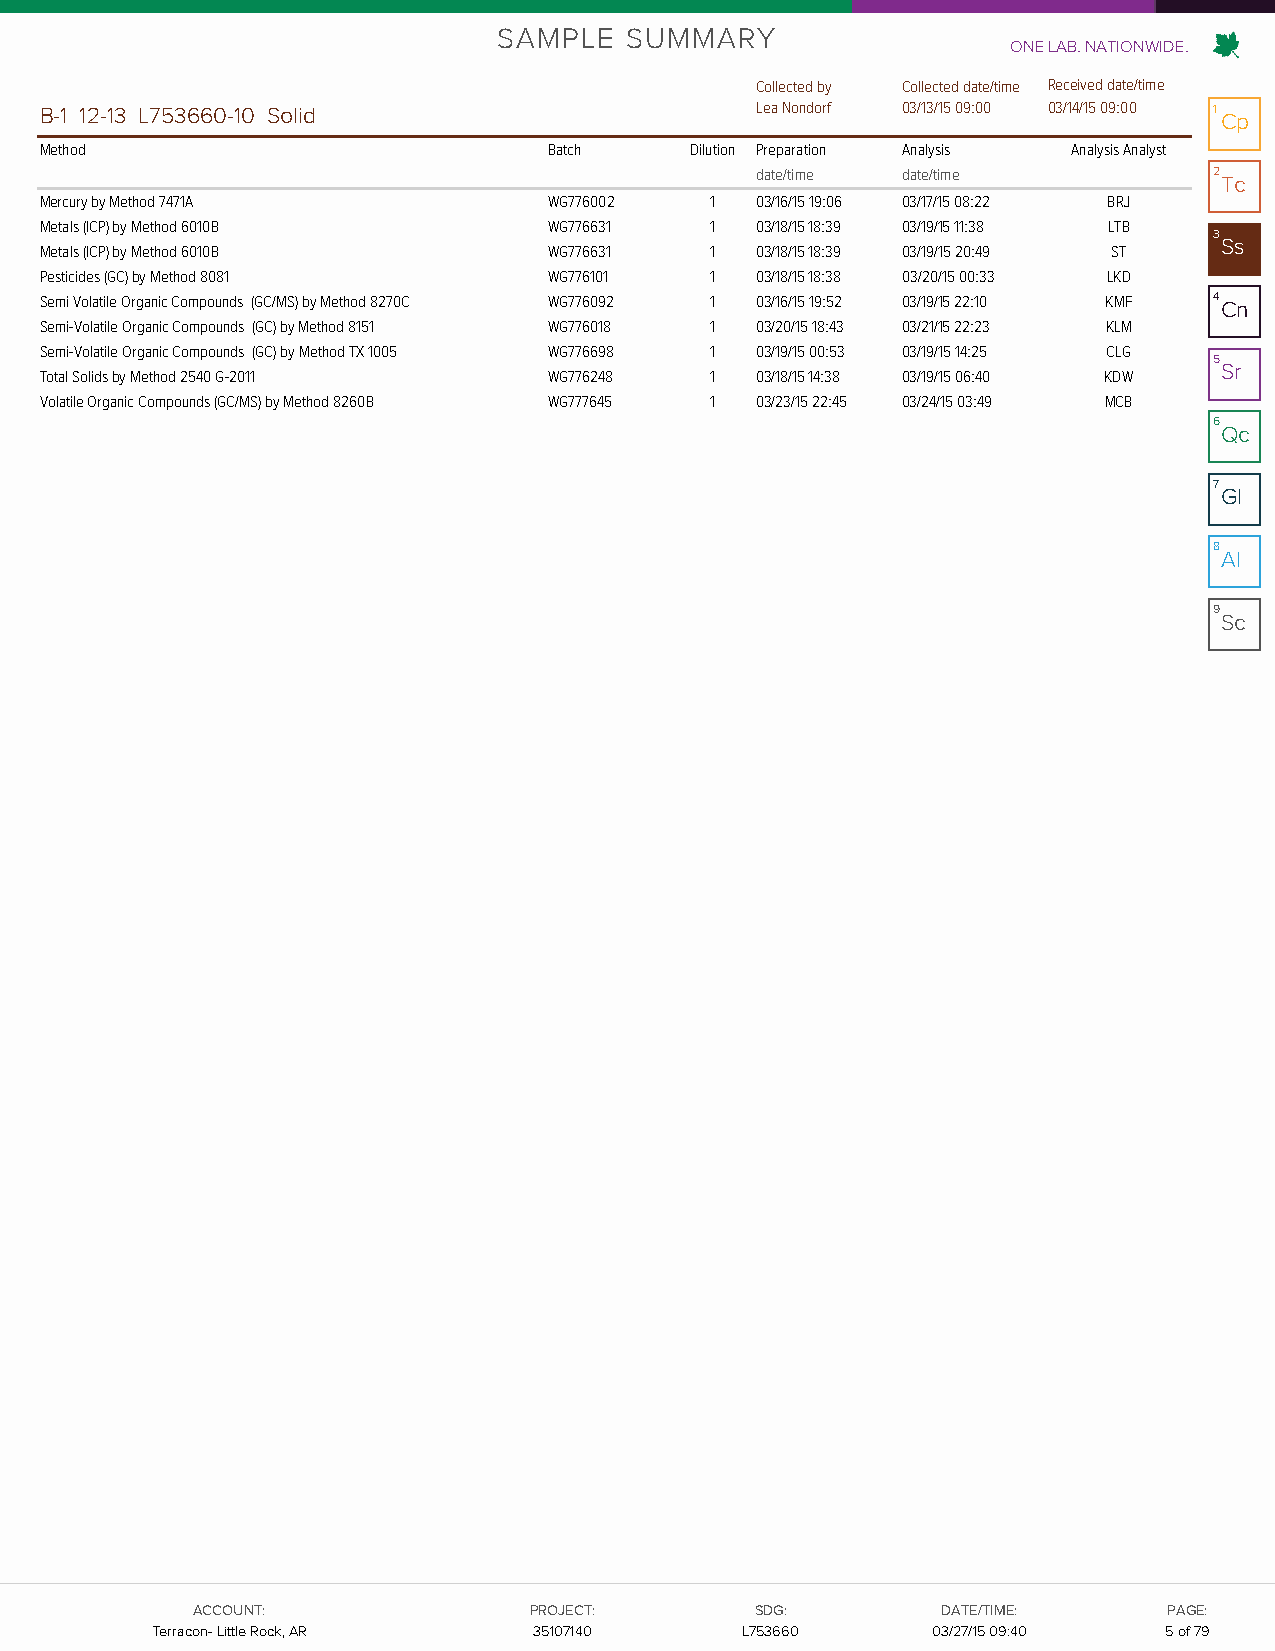
SAMPLE  SUMMARY
 ONE LAB. NATIONWIDE.
 Collected by Collected date/time Received date/time
 B-1 12-13 L753660-10 Solid                     Lea Nondorf 03/13/15 09:00 03/14/15 09:00 1 Cp
 Method                           Batch     Dilution Preparation Analysis Analysis Analyst
 date/time date/time           2
 Tc
 Mercury by Method 7471A          WG776002   1  03/16/15 19:06 03/17/15 08:22 BRJ
 Metals (ICP) by Method 6010B     WG776631   1  03/18/15 18:39 03/19/15 11:38 LTB
 3
 Ss
 Metals (ICP) by Method 6010B     WG776631   1  03/18/15 18:39 03/19/15 20:49 ST
 Pesticides (GC) by Method 8081   WG776101   1  03/18/15 18:38 03/20/15 00:33 LKD
 Semi Volatile Organic Compounds (GC/MS) by Method 8270C WG776092 1 03/16/15 19:52 03/19/15 22:10 KMF 4 Cn
 Semi-Volatile Organic Compounds (GC) by Method 8151 WG776018 1 03/20/15 18:43 03/21/15 22:23 KLM
 Semi-Volatile Organic Compounds (GC) by Method TX 1005 WG776698 1 03/19/15 00:53 03/19/15 14:25 CLG
 5
 Sr
 Total Solids by Method 2540 G-2011 WG776248 1  03/18/15 14:38 03/19/15 06:40 KDW
 Volatile Organic Compounds (GC/MS) by Method 8260B WG777645 1 03/23/15 22:45 03/24/15 03:49 MCB
 6
 Qc
 7
 Gl
 8
 Al
 9
 Sc
 AACCCCOOUUNNTT::      PPRROOJJEECCTT:: SSDDGG::  DDAATTEE//TTIIMMEE:: PPAAGGEE::
 TTeerrrraaccoonn-- LLiittttllee RRoocckk,, AARR 3355110077114400 LL775533666600 0033/2/277/1/515 0 191::0410 55 ooff 7799